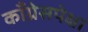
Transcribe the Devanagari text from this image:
काँग्रेसपेक्षा